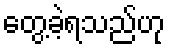
တွေ့ခဲ့ရသည်ဟု